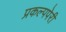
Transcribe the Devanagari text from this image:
प्रकल्पपेरी